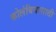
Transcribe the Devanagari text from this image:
कोलंबियासाठी